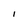
Character: I